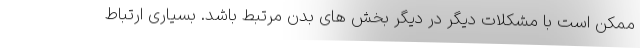
ممکن است با مشکلات دیگر در دیگر بخش های بدن مرتبط باشد. بسیاری ارتباط